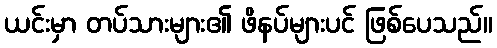
ယင်းမှာ တပ်သားများ၏ ဖိနပ်များပင် ဖြစ်ပေသည်။